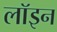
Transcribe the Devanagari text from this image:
लॉइन